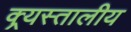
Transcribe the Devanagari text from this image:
क्र्यस्तालीय